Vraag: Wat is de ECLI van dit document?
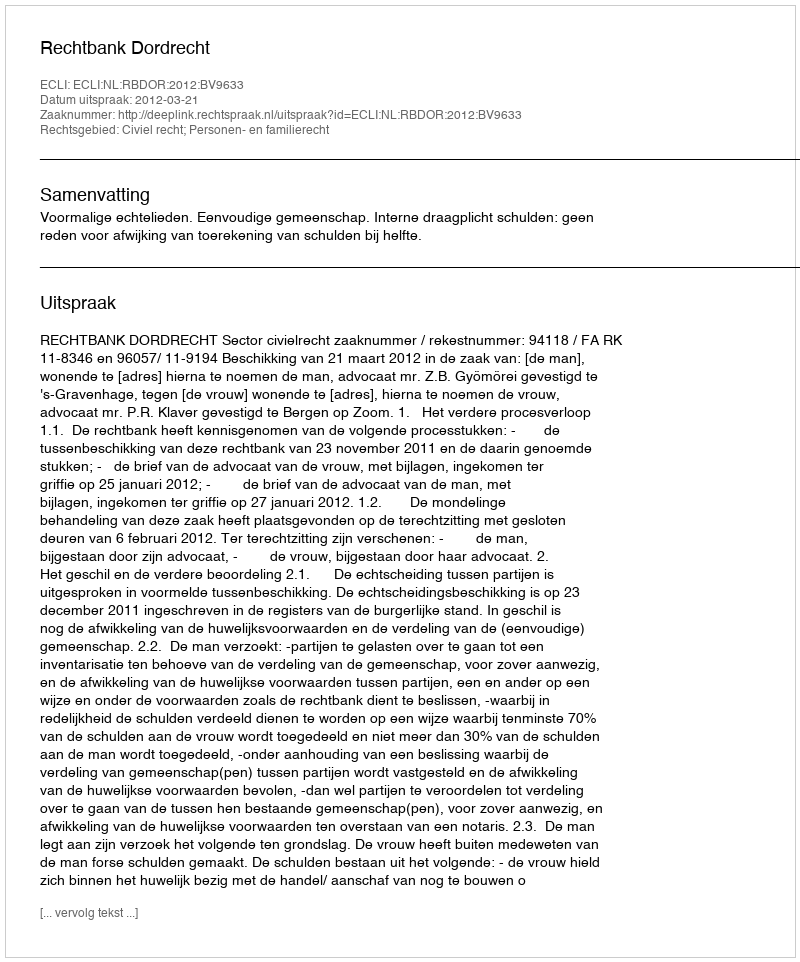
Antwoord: ECLI:NL:RBDOR:2012:BV9633